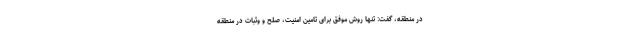
در منطقه، گفت: تنها روش موفق برای تامین امنیت، صلح و وثبات در منطقه